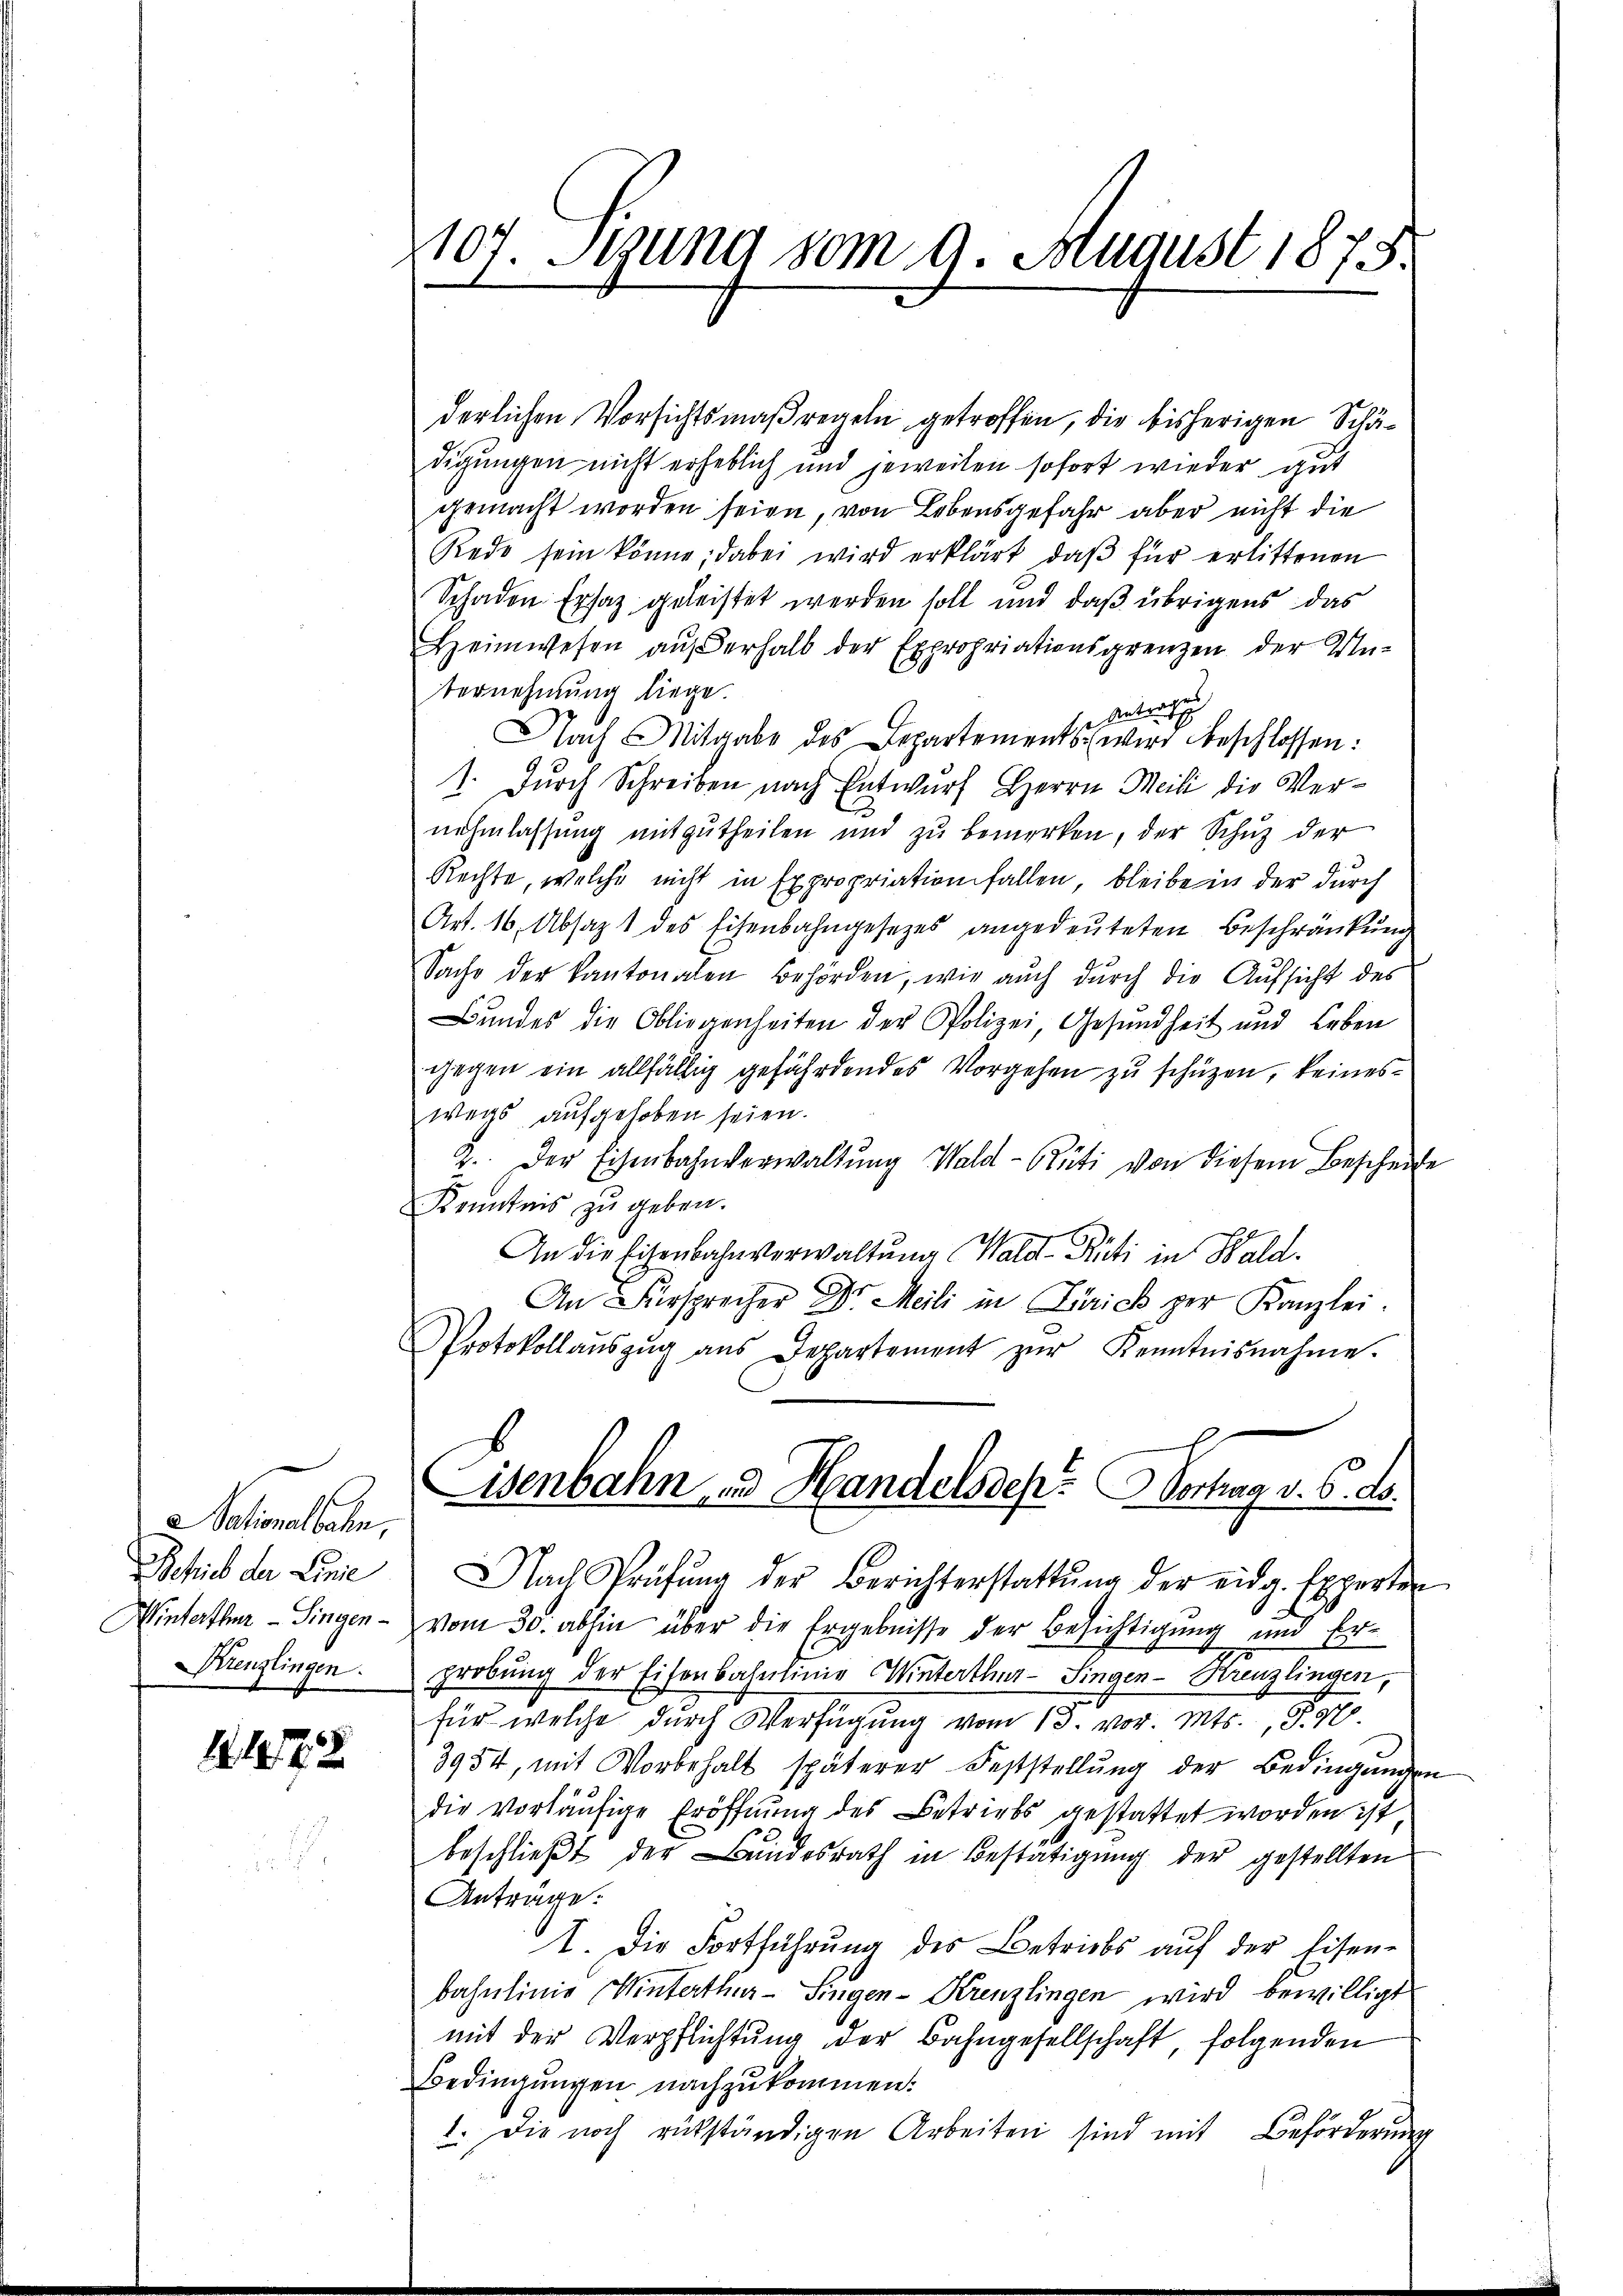
Nationalbahn,
Schrieb der Linie
Krenzlingen.

14. 1872

107. Stung vom 9. August 1875.

derlichen Vorsichtsmaßregeln getroffen, die bisherigen Schädigungen nicht erheblich und jeweilen sofort wieder gut
gemacht worden seien, von Lebensgefahr aber nicht die
Rede sein könne; dabei wird erklärt, daβ für erlittenen
Schaden Ersatz geleistet werden soll und daß übrigens das
Heimwesen aŭf erhalb der Expropriationsgrenzen der Un-
bernehmung liege.
1ste
Nach Mitgabe des Departements wird beschlossen:
1. dŭrch Schreiben nach Entwŭrf Herrn Meili die Ver-
nehmlassung mitzutheilen und zu bemerken, der Schuz der
Rechte, welche nicht in Expropriation fallen, bleibe in der durch
Art. 16. Absagt des Eisenbahngesezes angedeuteten Beschränkung
Sache der Kantonalen Behörden, wie aŭch dŭrch die Aŭfsicht des
Bŭndes die Obliegenheiten der Polizei, Gesundheit und Leben
gegen ein allfällig gefährdendes Vorgehen zu schüzen, keines
wegs aufgehoben seien.
2. Der Eisenbahnverwaltung Wald–Rüti von diesem Bescheide
Kenntnis zu geben.
An die Eisenbahnverwaltung Wald-Rüti in Wald.
An Fürsprecher Dr. Meili in Zürich zur Kanzlei.
Protokollaŭszŭg ans Departement zŭr Kenntnisnahme.
Eisenbahn, und Handels des Vortrag v. 6. ds.
Nach Prüfŭng der Berichterstattŭng der eidg. Experten
Winterthur–Singen - vom 30. abhin über die Ergebnisse der Besichtigung und Erprobung der Eisenbalminie Winterthur–Singen-Kreuzlingen,
für welche durch Versuchung vom 13. vor. Mts., § 10.
3954, mit Vorbehalt späterer Feststellŭng der Bedingungen
die vorläufige Eröffnung des Betriebs gestattet worden ist,
beschließt der Bundesrath in Bestätigung der gestellten
Anträge.
I. Die Fortführung des Betriebs auf der Eisen-
bahnlinie Winterthur–Singen-Krenzlingen wird bewilligt
mit der Verpflichtung der Bahngesellschaft, folgenden
Bedingungen nachzukommen.
1. Die noch rükständigen Arbeiten sind mit Beförderung

e